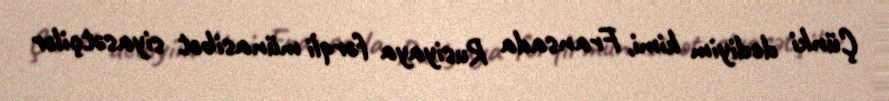
Çünki dediyim kimi, Fransada Rusiyaya fərqli münasibət siyasətçilər